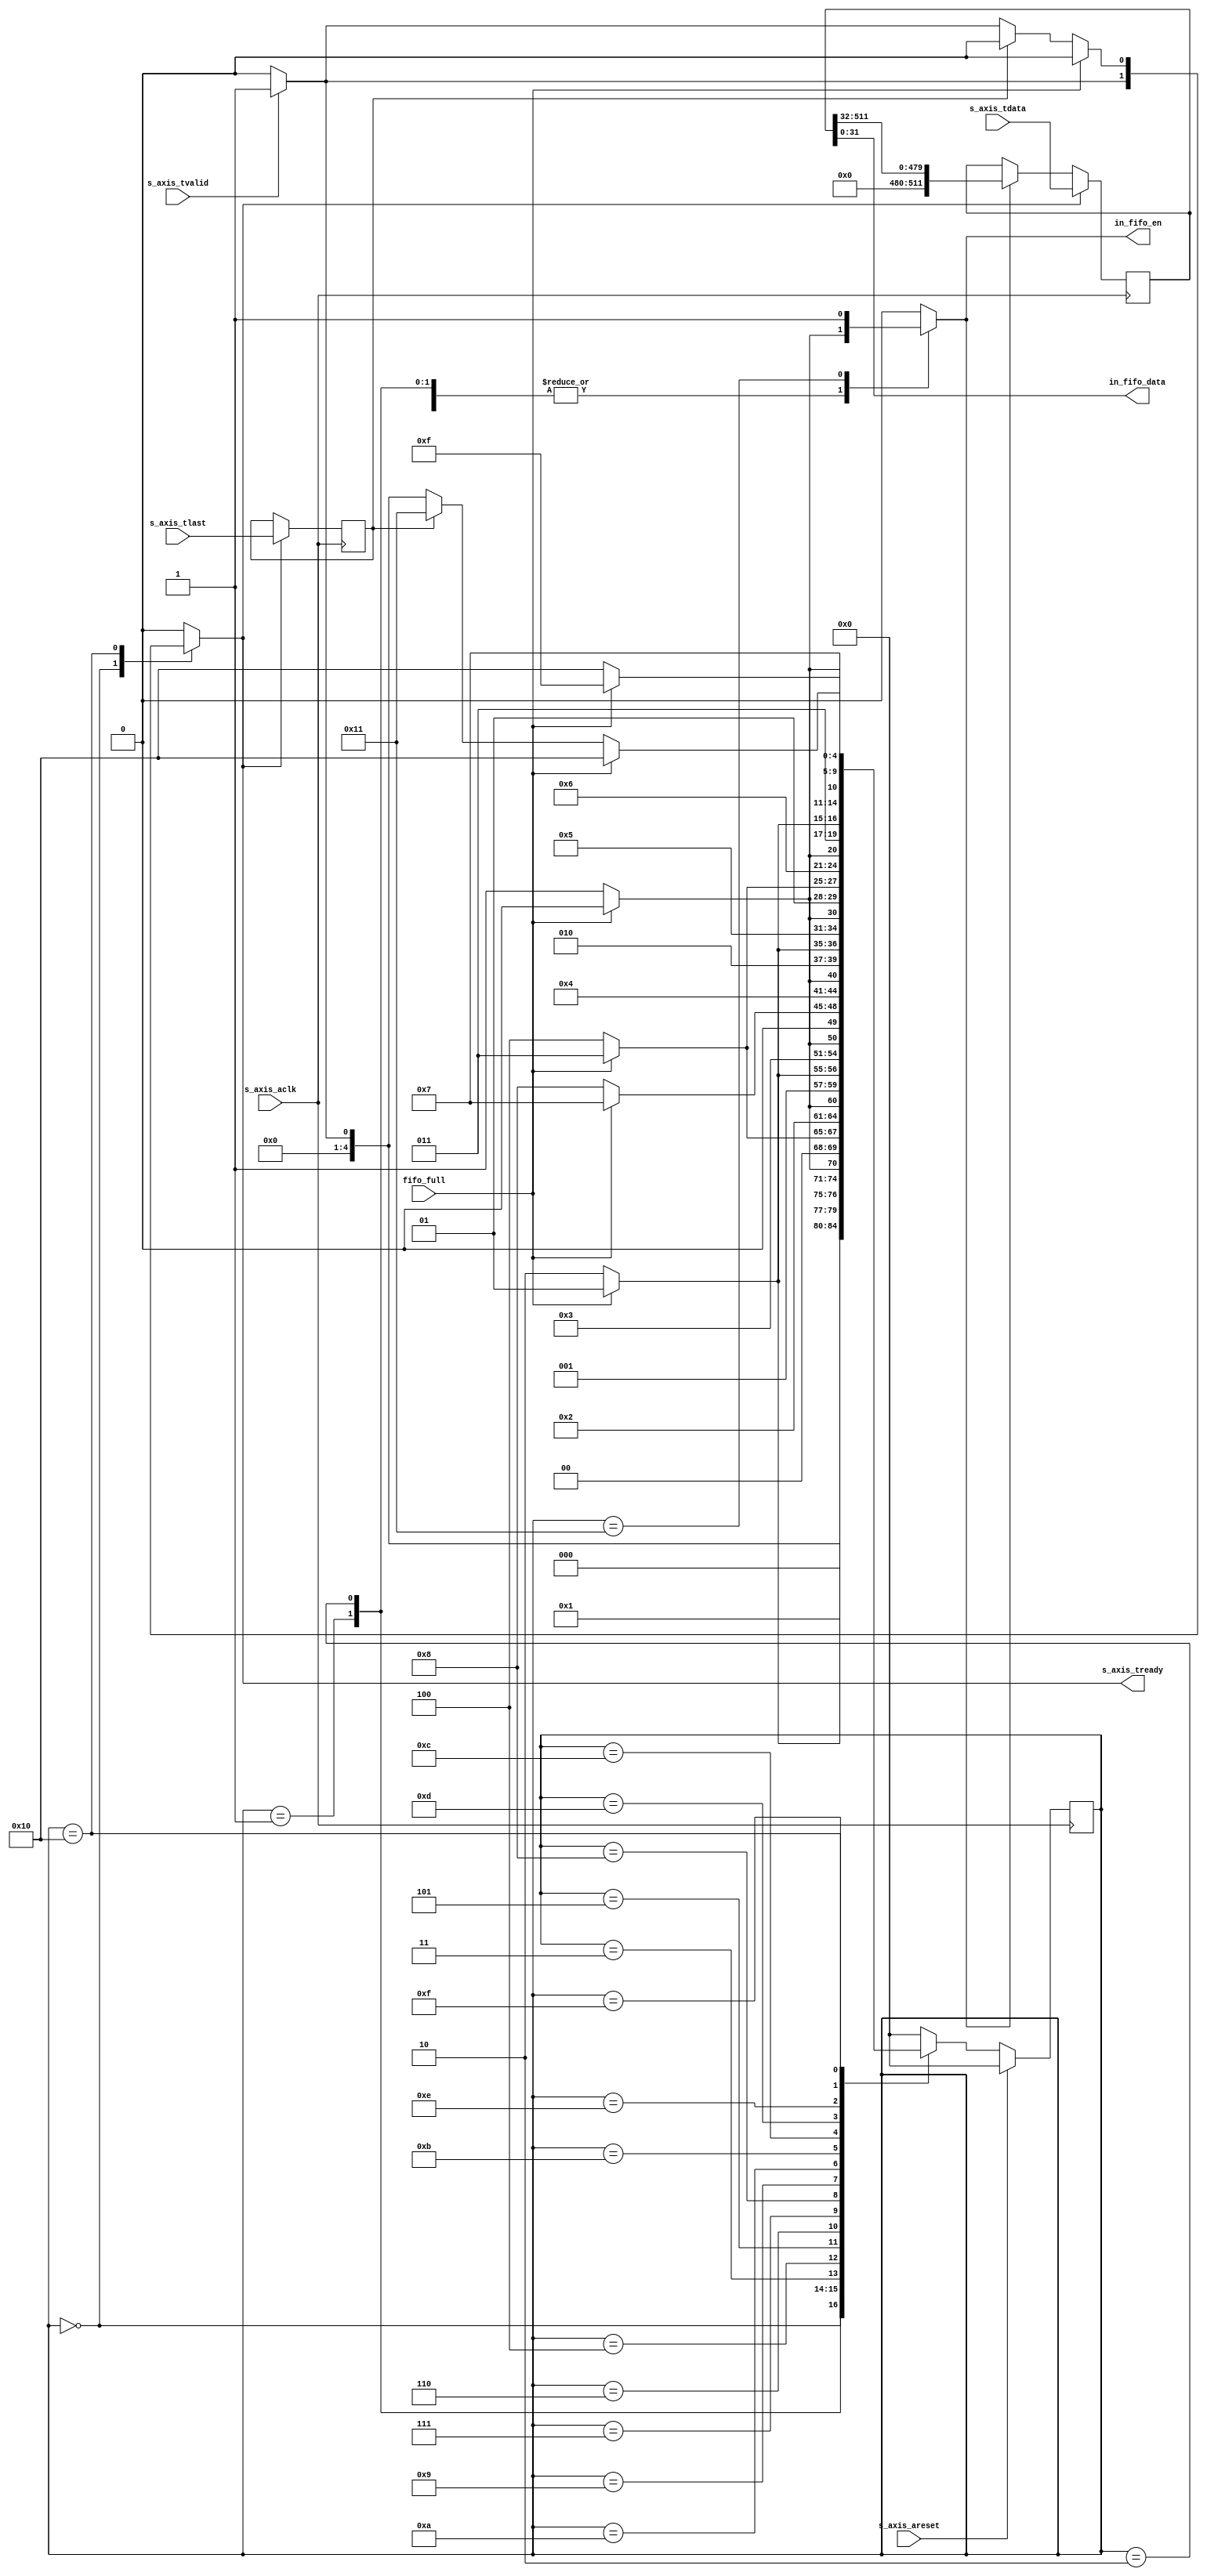
// 2019/07/10
// Added one feature:
// when s_axis_tlast is asserted, output one more extra 0;
//////////////////////////////////////////////////////////////////////////////// 

// default_nettype of none prevents implicit wire declaration.
`default_nettype none
`timescale 1ps / 1ps

module axi_read_controller #(
	parameter integer C_AXIS_TDATA_WIDTH = 512,
	parameter integer C_SORTER_BIT_WIDTH = 32
)
(
	input wire                                s_axis_aclk,
  	input wire                                s_axis_areset,

  	input wire                                s_axis_tvalid,
  	output wire                               s_axis_tready,
  	input wire  [C_AXIS_TDATA_WIDTH-1:0]      s_axis_tdata,
  	input wire                                s_axis_tlast,
  	//input wire                                axi_fifo_empty,

  	input wire 								  fifo_full,
  	output wire [C_SORTER_BIT_WIDTH-1:0]	  in_fifo_data,
  	output wire 							  in_fifo_en
);


reg [C_AXIS_TDATA_WIDTH-1:0]      	s_axis_tdata_reg = 0;
reg 								s_axis_tlast_reg = 0;
reg 								write_fifo_en_reg = 0;
reg 								ready_reg = 0;

// for debug
// reg [31:0]						local_cnt = 0;
// for debug end

assign in_fifo_data = s_axis_tdata_reg[C_SORTER_BIT_WIDTH-1:0];
assign s_axis_tready = ready_reg;
assign in_fifo_en = write_fifo_en_reg;

// fsm for writing control
localparam S0 = 5'd0;
localparam S1 = 5'd1;
localparam S2 = 5'd2;
localparam S3 = 5'd3;
localparam S4 = 5'd4;
localparam S5 = 5'd5;
localparam S6 = 5'd6;
localparam S7 = 5'd7;
localparam S8 = 5'd8;
localparam S9 = 5'd9;
localparam S10 = 5'd10;
localparam S11 = 5'd11;
localparam S12 = 5'd12;
localparam S13 = 5'd13;
localparam S14 = 5'd14;
localparam S15 = 5'd15;
localparam S16 = 5'd16;
localparam S17 = 5'd17;


reg 	[4:0]	state = S0;
reg 	[4:0]	next_state;


always @(posedge s_axis_aclk)
begin
    if(s_axis_areset)
    begin
        state <= S0;
    end
    else
    begin
        state <= next_state;                                                                                                                                                                                         
    end
end


always @(*)
begin
	ready_reg <= 0;
	write_fifo_en_reg <= 0;
	case(state)
	S0:
	if(s_axis_tvalid) begin
		next_state <= S1;
		ready_reg <= 1;
	end
	else begin
		next_state <= S0;
	end

	S1:
	if(~fifo_full) begin
		next_state <= S2;
		write_fifo_en_reg <= 1;
	end
	else begin
		next_state <= S1;
	end

	S2:
	if(~fifo_full) begin
		next_state <= S3;
		write_fifo_en_reg <= 1;
	end
	else begin
		next_state <= S2;
	end

	S3:
	if(~fifo_full) begin
		next_state <= S4;
		write_fifo_en_reg <= 1;
	end
	else begin
		next_state <= S3;
	end

	S4:
	if(~fifo_full) begin
		next_state <= S5;
		write_fifo_en_reg <= 1;
	end
	else begin
		next_state <= S4;
	end

	S5:
	if(~fifo_full) begin
		next_state <= S6;
		write_fifo_en_reg <= 1;
	end
	else begin
		next_state <= S5;
	end

	S6:
	if(~fifo_full) begin
		next_state <= S7;
		write_fifo_en_reg <= 1;
	end
	else begin
		next_state <= S6;
	end

	S7:
	if(~fifo_full) begin
		next_state <= S8;
		write_fifo_en_reg <= 1;
	end
	else begin
		next_state <= S7;
	end

	S8:
	if(~fifo_full) begin
		next_state <= S9;
		write_fifo_en_reg <= 1;
	end
	else begin
		next_state <= S8;
	end

	S9:
	if(~fifo_full) begin
		next_state <= S10;
		write_fifo_en_reg <= 1;
	end
	else begin
		next_state <= S9;
	end

	S10:
	if(~fifo_full) begin
		next_state <= S11;
		write_fifo_en_reg <= 1;
	end
	else begin
		next_state <= S10;
	end

	S11:
	if(~fifo_full) begin
		next_state <= S12;
		write_fifo_en_reg <= 1;
	end
	else begin
		next_state <= S11;
	end


	S12:
	if(~fifo_full) begin
		next_state <= S13;
		write_fifo_en_reg <= 1;
	end
	else begin
		next_state <= S12;
	end

	S13:
	if(~fifo_full) begin
		next_state <= S14;
		write_fifo_en_reg <= 1;
	end
	else begin
		next_state <= S13;
	end

	S14:
	if(~fifo_full) begin
		next_state <= S15;
		write_fifo_en_reg <= 1;
	end
	else begin
		next_state <= S14;
	end

	S15:
	if(~fifo_full) begin
		next_state <= S16;
		write_fifo_en_reg <= 1;
	end
	else begin
		next_state <= S15;
	end

	S16:
	if(~fifo_full) begin
		if(s_axis_tlast_reg) begin
			next_state <= S17;
			ready_reg <= 0;
			write_fifo_en_reg <= 1;
		end
		else if(s_axis_tvalid) begin
			next_state <= S1;
			ready_reg <= 1;
			write_fifo_en_reg <= 1;
		end
		else begin
			next_state <= S0;
			ready_reg <= 0;
			write_fifo_en_reg <= 1;
		end
	end
	else begin
		next_state <= S16;
	end
	/*
	S16: 
	if(~fifo_full && (~s_axis_tlast_reg)) begin
		next_state <= S1;
		ready_reg <= 1;
		write_fifo_en_reg <= 1;
	end
	else if(~fifo_full && s_axis_tlast_reg) begin
		next_state <= S17;
		ready_reg <= 0;
		write_fifo_en_reg <= 1;
	end
	else begin
		next_state <= S16;
	end
	*/

	S17: // this state writes one more 0s
	begin
		next_state <= S0;
		ready_reg <= 0;
		write_fifo_en_reg <= 1;
	end

	default: begin
		next_state <= S0;
	end
    endcase
end


always @(posedge s_axis_aclk) begin
	if (ready_reg) begin
		s_axis_tdata_reg <= s_axis_tdata;
	end
	else if (write_fifo_en_reg) begin
		s_axis_tdata_reg <= (s_axis_tdata_reg >> C_SORTER_BIT_WIDTH);
	end
	else begin
		s_axis_tdata_reg <= s_axis_tdata_reg;
	end
end

always @(posedge s_axis_aclk) begin
	if (ready_reg) begin
		s_axis_tlast_reg <= s_axis_tlast;
	end
end

/*
// for debug
always @(posedge s_axis_aclk) begin
	if (s_axis_tvalid & s_axis_tready) begin
		local_cnt <= local_cnt + 1;
	end
end
// for debug end
*/

endmodule